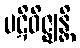
ပဋိဝိဇ္ဈန္တိ